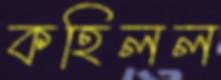
কহিলল